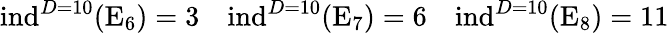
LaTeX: \mathrm{ind}^{D=10}(\mathrm{E}_{6})=3\quad\mathrm{ind}^{D=10}(\mathrm{E}_{7})=6\quad\mathrm{ind}^{D=10}(\mathrm{E}_{8})=11